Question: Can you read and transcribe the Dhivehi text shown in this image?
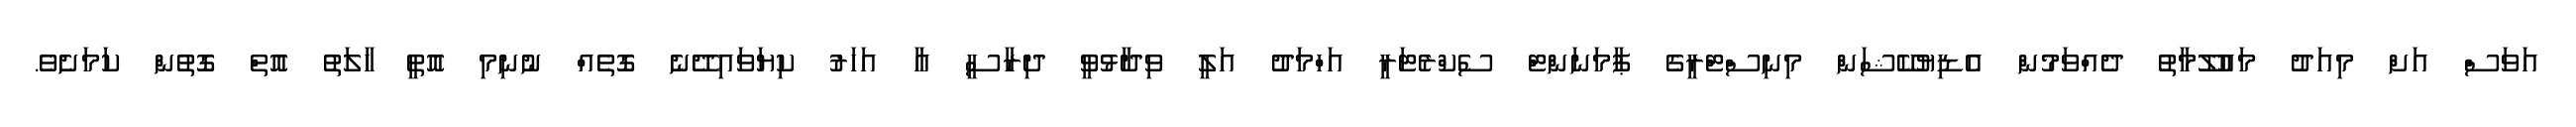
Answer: އަވަސް އަށް މިއަދު މައުލޫމާތު ދެއްވަމުން އެޑިޔުކޭޝަން މިނިސްޓްރީގެ ޕާމަނަންޓް ސެކްރެޓަރީ އަހްމަދު އަލީ ވިދާޅުވީ ދިރާސީ އާ އަހަރު ކިޔަވައިދޭނެ ގޮތެއް ނުނިމި އޮތީ ހާލަތު އޮތް ގޮތުން ކަމަށެވެ.